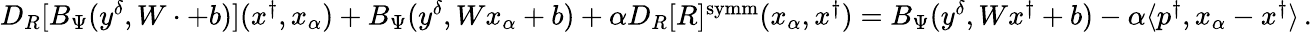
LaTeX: \begin{array}{r}{D_{R}[B_{\Psi}(y^{\delta},W\cdot+b)](x^{\dagger},x_{\alpha})+B_{\Psi}(y^{\delta},Wx_{\alpha}+b)+\alpha D_{R}[R]^{\mathrm{symm}}(x_{\alpha},x^{\dagger})=B_{\Psi}(y^{\delta},Wx^{\dagger}+b)-\alpha\langle p^{\dagger},x_{\alpha}-x^{\dagger}\rangle\, .}\end{array}